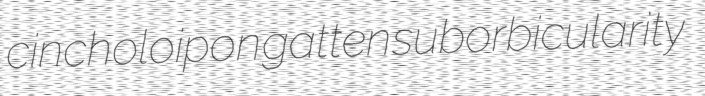
cincholoipon gatten suborbicularity